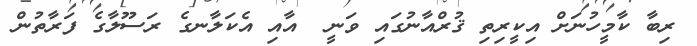
ރިބާ ކާމީހުނަށް އިކީރިތި ޤުރްއާނުގައި ވަނީ  އާއި އެކަލާނގެ ރަސޫލާގެ ފަރާތުން